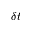
\delta t